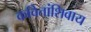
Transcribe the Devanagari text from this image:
कवितांशिवाय